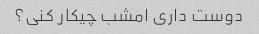
دوست داری امشب چیکار کنی؟